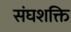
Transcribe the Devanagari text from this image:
संघशक्ति